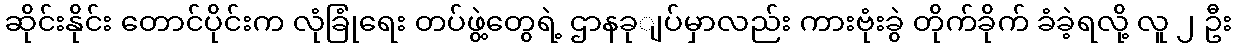
ဆိုင်းနိုင်း တောင်ပိုင်းက လုံခြုံရေး တပ်ဖွဲ့တွေရဲ့ ဌာနခုျပ်မှာလည်း ကားဗုံးခွဲ တိုက်ခိုက် ခံခဲ့ရလို့ လူ ၂ ဦး